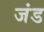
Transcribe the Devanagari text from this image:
जंड